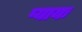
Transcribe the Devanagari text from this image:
प्यायः